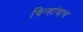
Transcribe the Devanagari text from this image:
चिन्हांचाच